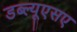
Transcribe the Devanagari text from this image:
डब्ल्यूएसए